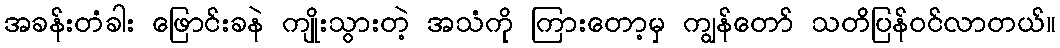
အခန်းတံခါး ဖြောင်းခနဲ ကျိုးသွားတဲ့ အသံကို ကြားတော့မှ ကျွန်တော် သတိပြန်ဝင်လာတယ်။